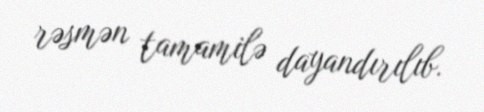
rəsmən tamamilə dayandırılıb.